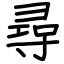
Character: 尋